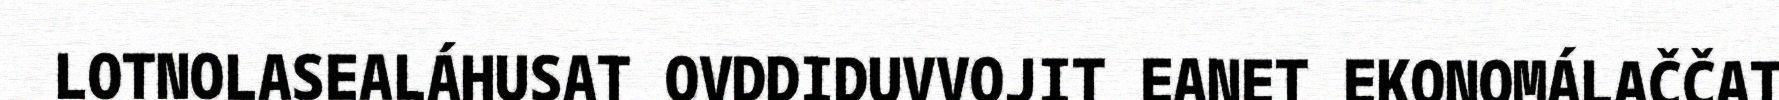
LOTNOLASEALÁHUSAT OVDDIDUVVOJIT EANET EKONOMÁLAČČAT